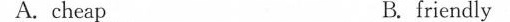
A. cheap B. friendly